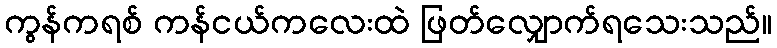
ကွန်ကရစ် ကန်ငယ်ကလေးထဲ ဖြတ်လျှောက်ရသေးသည်။